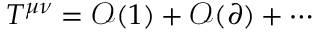
T ^ { \mu \nu } = \mathcal { O } ( 1 ) + \mathcal { O } ( \partial ) + \cdots